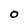
Character: 0